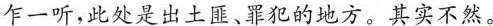
乍一听，此处是出土匪、罪犯的地方。其实不然。